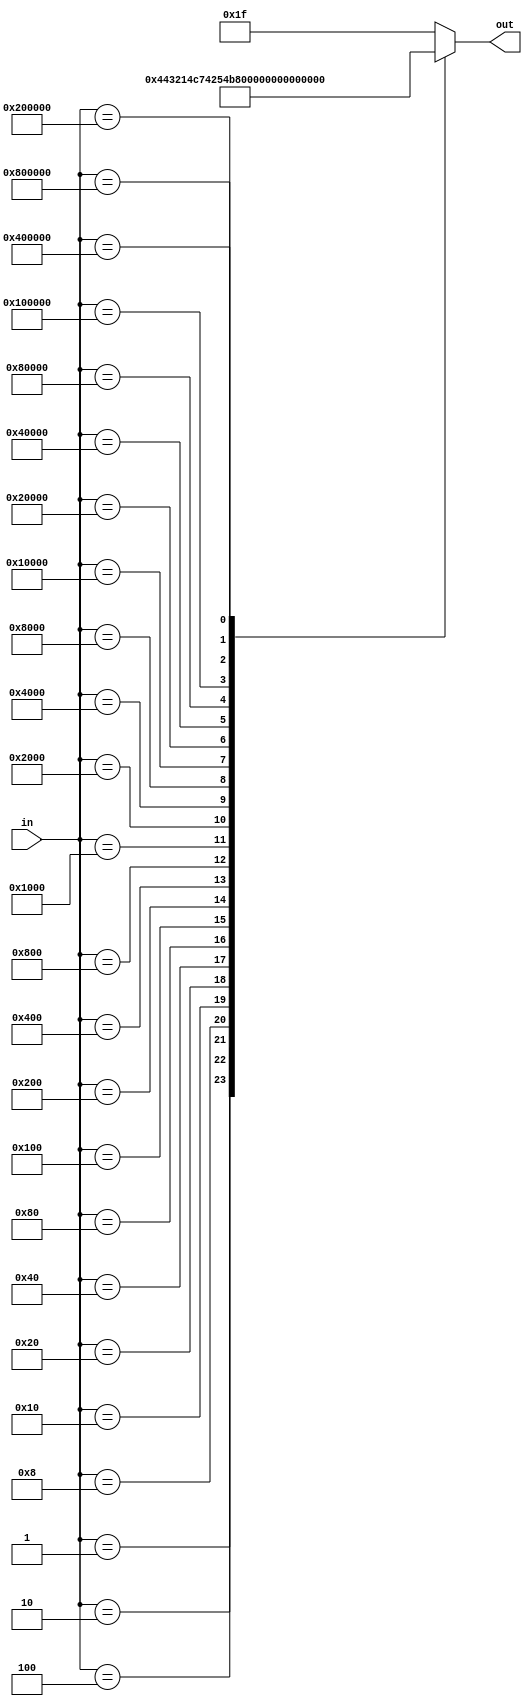
module encoder_32_5(input wire [31:0] in, output reg [4:0] out);

	always @(*)
	begin
		case(in)
		
			//Based of Input, turn on respective bits
			//All HIGH == no select
			31'h00000001 : out = 5'b00000;
			31'h00000002 : out = 5'b00001;
			31'h00000004 : out = 5'b00010;
			31'h00000008 : out = 5'b00011;
			31'h00000010 : out = 5'b00100;
			31'h00000020 : out = 5'b00101;
			31'h00000040 : out = 5'b00110;
			31'h00000080 : out = 5'b00111;
			31'h00000100 : out = 5'b01000;
			31'h00000200 : out = 5'b01001;
			31'h00000400 : out = 5'b01010;
			31'h00000800 : out = 5'b01011;
			31'h00001000 : out = 5'b01100;
			31'h00002000 : out = 5'b01101;
			31'h00004000 : out = 5'b01110;
			31'h00008000 : out = 5'b01111;
			31'h00010000 : out = 5'b10000;
			31'h00020000 : out = 5'b10001;
			31'h00040000 : out = 5'b10010;
			31'h00080000 : out = 5'b10011;
			31'h00100000 : out = 5'b10100;
			31'h00200000 : out = 5'b10101;
			31'h00400000 : out = 5'b10110;
			31'h00800000 : out = 5'b10111;
			default 		 : out = 5'b11111;
			
		endcase
	
	end

endmodule